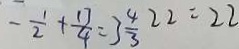
- \frac { 1 } { 2 } + \frac { 1 7 } { 4 } = 3 \frac { 4 } { 3 } 2 2 = 2 2